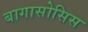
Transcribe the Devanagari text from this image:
बागासोसिस